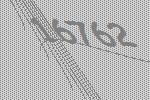
16762